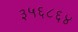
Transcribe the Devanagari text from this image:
३५६८६४